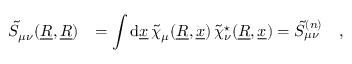
\begin{array} { r l } { \tilde { S } _ { \mu \nu } ( \underline { { R } } , \underline { { R } } ) } & { = \displaystyle \int \mathrm { d } \underline { { x } } \, \tilde { \chi } _ { \mu } ( \underline { { R } } , \underline { { x } } ) \, \tilde { \chi } _ { \nu } ^ { \star } ( \underline { { R } } , \underline { { x } } ) = \tilde { S } _ { \mu \nu } ^ { ( n ) } \quad , } \end{array}